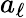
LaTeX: a_{\ell}